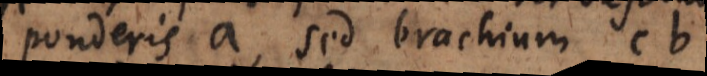
ponderis a, sed brachium cb